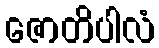
ဇောတိပါလံ